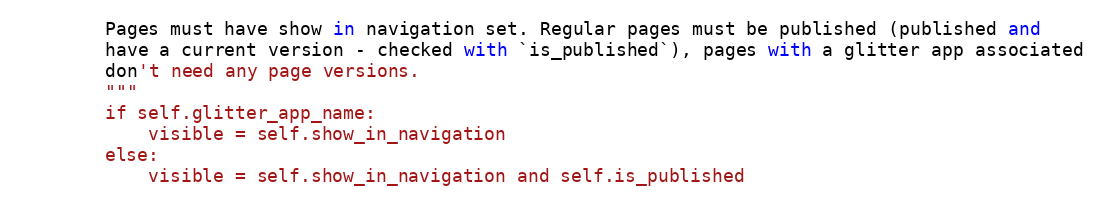
Language: Python
        Pages must have show in navigation set. Regular pages must be published (published and
        have a current version - checked with `is_published`), pages with a glitter app associated
        don't need any page versions.
        """
        if self.glitter_app_name:
            visible = self.show_in_navigation
        else:
            visible = self.show_in_navigation and self.is_published